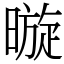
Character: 暶